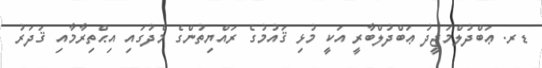
ޑރ. ޢަބްދުލްމަޖީދު ޢަބްދުލްބާރީ އަކީ މުޅި ޤައުމުގެ ރައްޔިތުންގެ މެދުގައި އިޙްތިރާމާއި ޤަދަރު